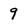
Character: 9